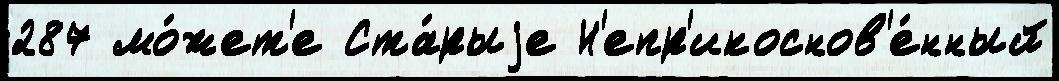
287 мо́жет'е Ста́рыjе Н'епр'икоснов'е́нный